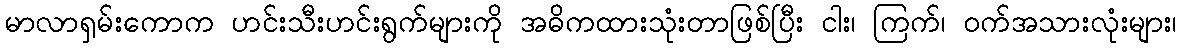
မာလာရှမ်းကောက ဟင်းသီးဟင်းရွက်များကို အဓိကထားသုံးတာဖြစ်ပြီး ငါး၊ ကြက်၊ ဝက်အသားလုံးများ၊